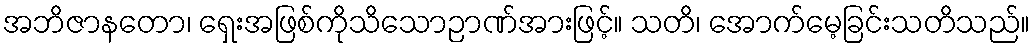
အဘိဇာနတော၊ ရှေးအဖြစ်ကိုသိသောဉာဏ်အားဖြင့်။ သတိ၊ အောက်မေ့ခြင်းသတိသည်။